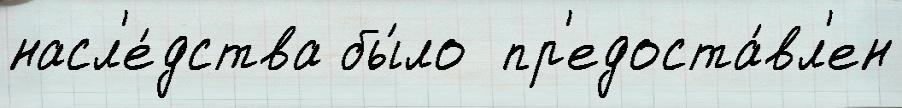
насл'е́дства бы́ло  пр'едоста́вл'ен